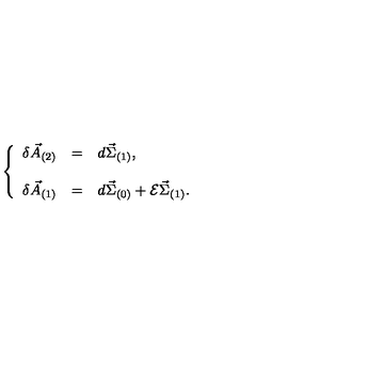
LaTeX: \left\{ \begin{array} { r c l } { \delta \vec { A } _ { ( 2 ) } } & { = } & { d \vec { \Sigma } _ { ( 1 ) } , } \\ { } & { } & { } \\ { \delta \vec { A } _ { ( 1 ) } } & { = } & { d \vec { \Sigma } _ { ( 0 ) } + { \cal E } \vec { \Sigma } _ { ( 1 ) } . } \\ \end{array} \right.